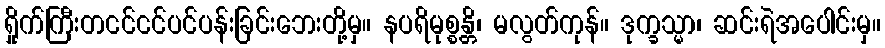
ရှိုက်ကြီးတငင်ငင်ပင်ပန်းခြင်းဘေးတို့မှ။ နပရိမုစ္စန္တိ၊ မလွတ်ကုန်။ ဒုက္ခသ္မာ၊ ဆင်းရဲအပေါင်းမှ။